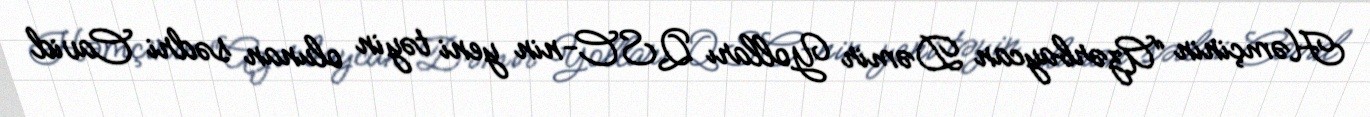
Həmçinin “Azərbaycan Dəmir Yolları QSC-nin yeni təyin olunan sədri Cavid